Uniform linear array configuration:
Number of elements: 16
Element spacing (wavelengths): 0.75
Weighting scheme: binomial
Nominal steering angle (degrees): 30
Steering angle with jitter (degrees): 31.867
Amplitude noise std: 0.05
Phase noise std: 0.05

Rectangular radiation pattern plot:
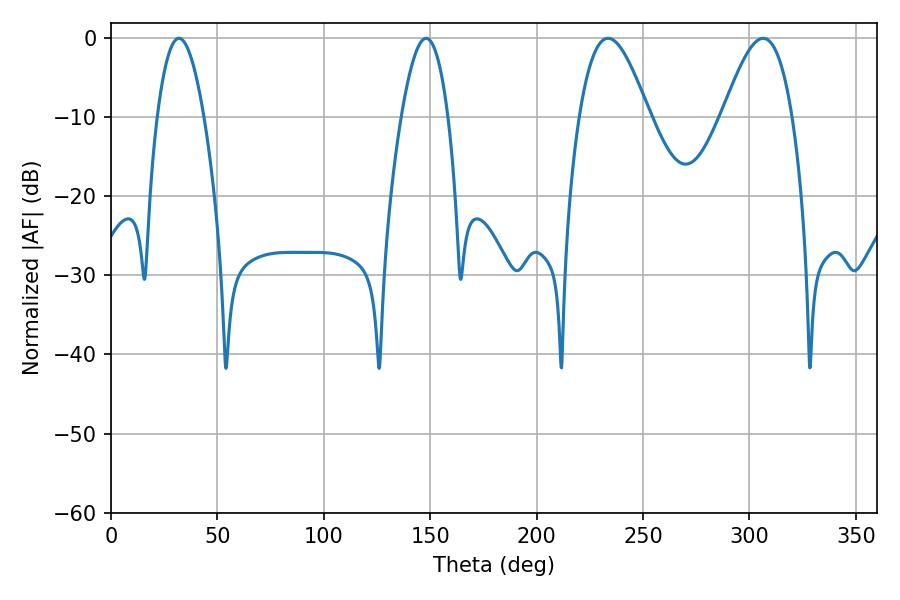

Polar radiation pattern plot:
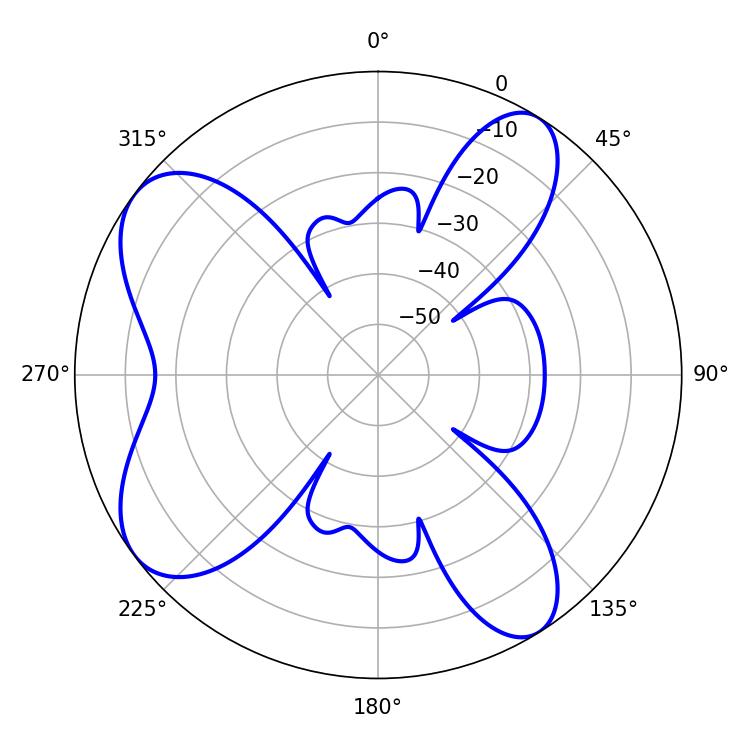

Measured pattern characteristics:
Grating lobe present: TRUE
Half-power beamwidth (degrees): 17.64
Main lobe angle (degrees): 233.64